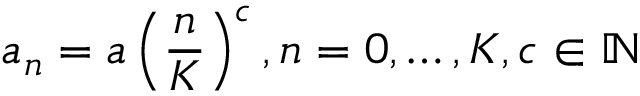
a _ { n } = a \left( \frac { n } { K } \right) ^ { c } , n = 0 , \dots , K , c \in \mathbb { N }